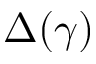
\Delta ( \gamma )